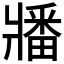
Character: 𬌌